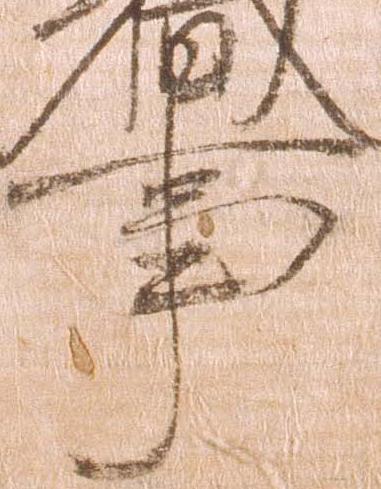
事